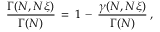
\begin{array} { l } { \displaystyle \frac { \Gamma ( N , N \xi ) } { \Gamma ( N ) } \, = \, 1 \, - \, \frac { \gamma ( N , N \xi ) } { \Gamma ( N ) } \, , } \end{array}